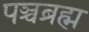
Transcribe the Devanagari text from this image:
पञ्चब्रह्म